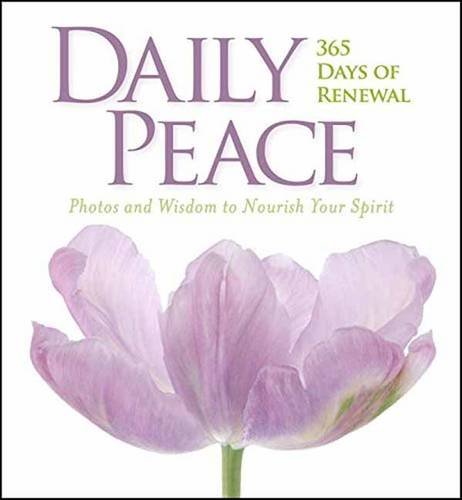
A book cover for Daily Peace: 365 Days of Renewal; National Geographic; Reference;